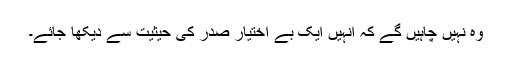
وہ نہیں چاہیں گے کہ انہیں ایک بے اختیار صدر کی حیثیت سے دیکھا جائے۔